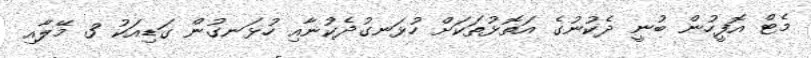
މެޓް އޮފީހުން ބުނީ ދެކުނުގެ އަތޮޅުތަކަށް ހުޅަނގުދެކުނާއި ހުޅަނގުން ގަޑިއަކު 3 މޭލާއި